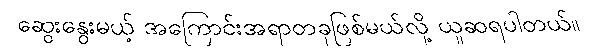
ဆွေးနွေးမယ့် အကြောင်းအရာတခုဖြစ်မယ်လို့ ယူဆရပါတယ်။